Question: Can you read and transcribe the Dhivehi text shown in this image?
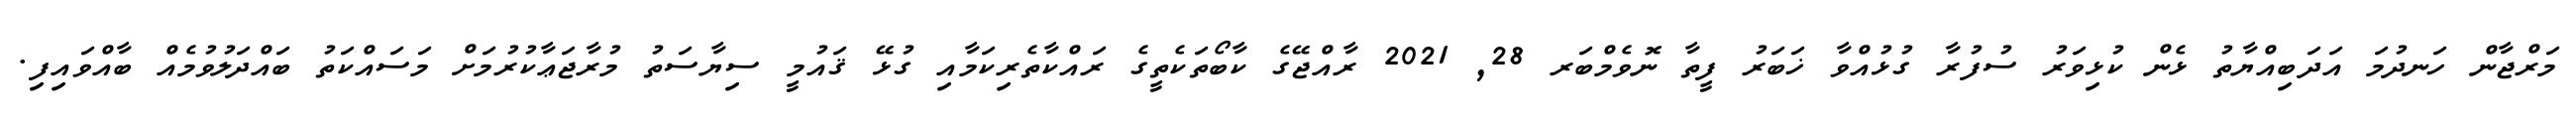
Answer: މަރްޖާން ހަނދުމަ އަދަބިއްޔާތު ޅެން ކުޅިވަރު ސުފުރާ ގުޅުއްވާ ޚަބަރު ފީތާ ނޮވެމްބަރ 28, 2021 ރާއްޖޭގެ ކާބޯތަކެތީގެ ރައްކާތެރިކަމާއި ގުޅޭ ޤައުމީ ސިޔާސަތު މުރާޖަޢާކުރުމަށް މަސައްކަތު ބައްދަލުވުމެއް ބާއްވައިފި.